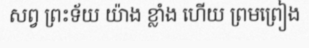
សព្វ ព្រះទ័យ យ៉ាង ខ្លាំង ហើយ ព្រមព្រៀង